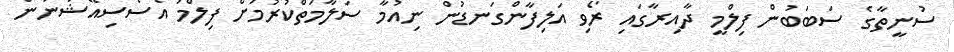
ސުނީތާގެ ސަބަބުން ފިލްމީ ދާއިރާގައި ރޯވި އަލިފާންގަނޑުން ނިއުމާ ސަލާމަތްކުރުމަށް ފިލްމު އެސޯސިއޭޝަނުން